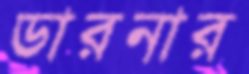
ডারনার